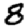
Digit: 8